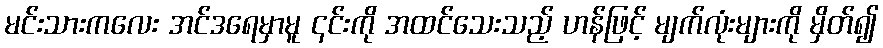
မင်းသားကလေး အင်ဒရေမှာမူ ၎င်းကို အထင်သေးသည့် ဟန်ဖြင့် မျက်လုံးများကို မှိတ်၍